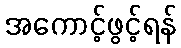
အကောင့်ဖွင့်ရန်